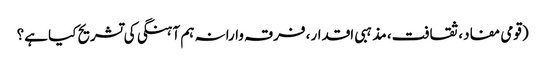
(قومی مفاد، ثقافت، مذہبی اقدار، فرقہ وارانہ ہم آہنگی کی تشریح کیا ہے؟